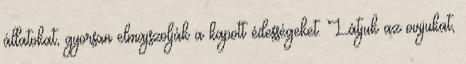
állatokat, gyorsan elmajszolják a kapott édességeket. Látjuk az ovijukat,